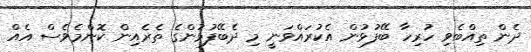
ދެން ތިއްބެވި ހުރިހާ ބޭފުޅުން އެކުރައްވަނީ މި ދެބޭފުޅުންގެ ތެރެއިން ކޮންމެވެސް އެއް